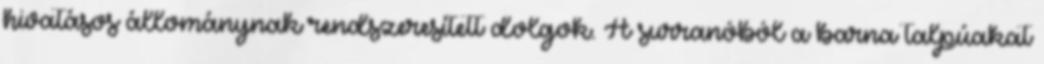
hivatásos állománynak rendszeresített dolgok. A surranóból a barna talpúakat